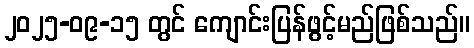
၂၀၂၅-၀၉-၁၅ တွင် ကျောင်းပြန်ဖွင့်မည်ဖြစ်သည်။